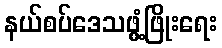
နယ်စပ်ဒေသဖွံ့ဖြိုးရေး